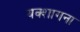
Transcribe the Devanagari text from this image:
यक्शागना